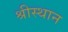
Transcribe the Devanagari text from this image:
श्रीस्थान